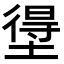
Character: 𭏢